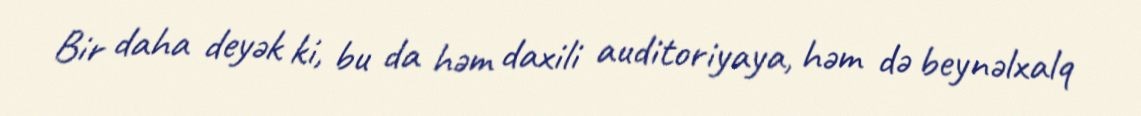
Bir daha deyək ki, bu da həm daxili auditoriyaya, həm də beynəlxalq